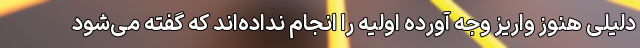
دلیلی هنوز واریز وجه آورده اولیه را انجام نداده‌اند که گفته می‌شود